Indian journal of veterinary science and animal husbandry - Volumes 26-27, 1956-1957
Year: 1956
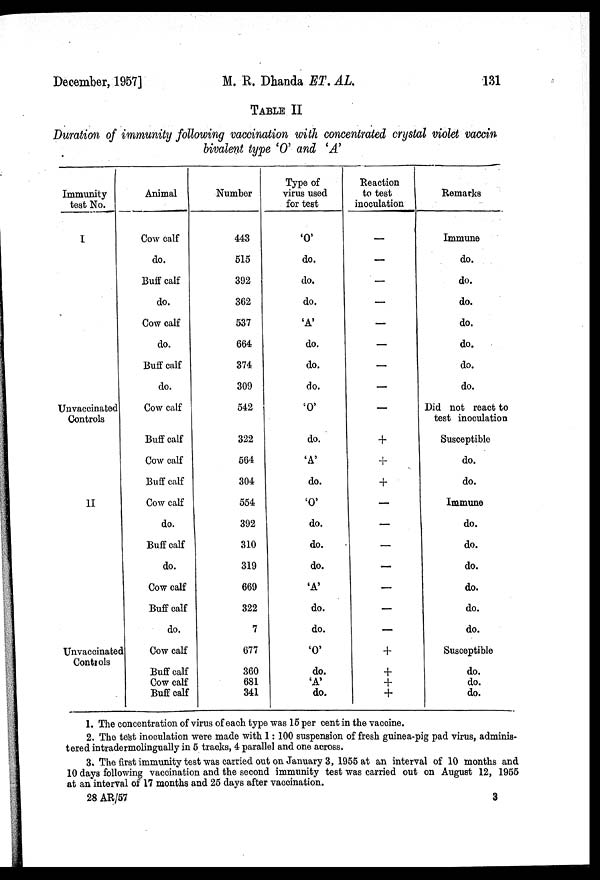
December, 1957]
M. R. Dhanda ET.
AL.
131
TABLE II
Duration of immunity following vaccination with concentrated crystal violet vaccin
bivalent type 'O' and 'A'
Immunity
test No.
I
Unvaccinated
Controls
II
Unvaccinated
Controls
Animal
Cow calf
do.
Buff calf
do.
Cow calf
do.
Buff calf
do.
Cow calf
Buff calf
Cow calf
Buff calf
Cow calf
do.
Buff calf
do.
Cow calf
Buff calf
do.
Cow calf
Buff calf
Cow calf
Buff calf
Number
443
515
392
362
537
664
374
309
542
322
564
304
554
392
310
319
669
322
7
677
360
681
341
Type of
virus used
for test
'O'
do.
do.
do.
'A'
do.
do.
do.
'O'
do.
'A'
do.
'O'
do.
do.
do.
'A'
do.
do.
'O'
do.
'A'
do.
Reaction
to test
inoculation
—
—
—
—
—
—
—
—
—
+
+
+
—
-
—
—
—
—
—
+
+
+
+
Remarks
Immune
do.
do.
do.
do.
do.
do.
do.
Did not react to
test inoculation
Susceptible
do.
do.
Immune
do.
do.
do.
do.
do.
do.
Susceptible
do.
do.
do.
1. The concentration of virus of each type was 15 per cent in the vaccine.
2. The test inoculation were made with 1: 100 suspension of fresh guinea-pig pad virus, adminis-
tered intradermolingually in 5 tracks, 4 parallel and one across.
3. The first immunity test was carried out on January 3, 1955 at an interval of 10 months and
10 days following vaccination and the second immunity test was carried out on August 12, 1955
at an interval of 17 months and 25 days after vaccination.
28 AR/57
3